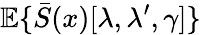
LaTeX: {\mathbb E}\{ \bar{S}(x)[\lambda,\lambda^{\prime},\gamma]\}